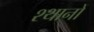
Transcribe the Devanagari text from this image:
श्थानों